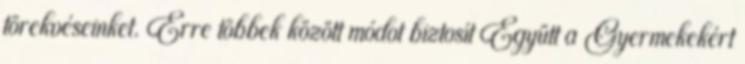
törekvéseinket. Erre többek között módot biztosít Együtt a Gyermekekért